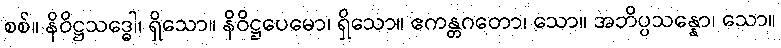
စစ်။ နိဝိဋ္ဌသဒ္ဓေါ၊ ရှိသော။ နိဝိဋ္ဌပေမော၊ ရှိသော။ ဧကန္တဂတော၊ သော။ အဘိပ္ပသန္နော၊ သော။